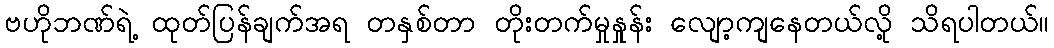
ဗဟိုဘဏ်ရဲ့ ထုတ်ပြန်ချက်အရ တနှစ်တာ တိုးတက်မှုနှုန်း လျော့ကျနေတယ်လို့ သိရပါတယ်။